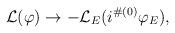
LaTeX: \begin{align*}{\cal L}(\varphi)\to -{\cal L}_E(i^{\#(0)}\varphi_E),\end{align*}